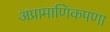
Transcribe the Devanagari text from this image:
अप्रामाणिकपणा